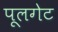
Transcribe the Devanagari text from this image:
पूलगेट